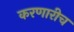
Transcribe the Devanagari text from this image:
करणारीच